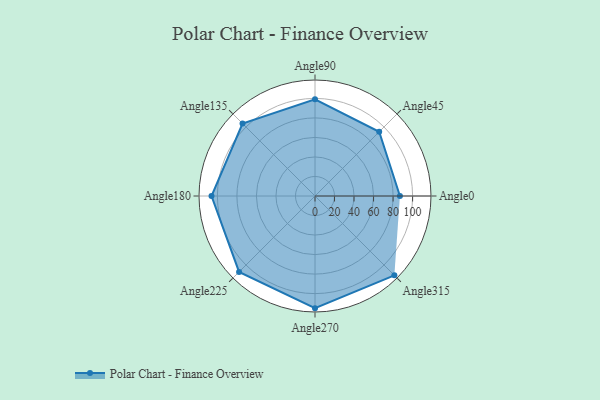
{"axis": {"x": "Angle", "y": "Radius"}, "legend": [""], "data": [{"x": "Angle0", "y": 87.0, "type": ""}, {"x": "Angle45", "y": 93.0, "type": ""}, {"x": "Angle90", "y": 99.0, "type": ""}, {"x": "Angle135", "y": 105.0, "type": ""}, {"x": "Angle180", "y": 106.0, "type": ""}, {"x": "Angle225", "y": 110.0, "type": ""}, {"x": "Angle270", "y": 115.0, "type": ""}, {"x": "Angle315", "y": 115.0, "type": ""}]}